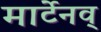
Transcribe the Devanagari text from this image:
मार्टेनव्